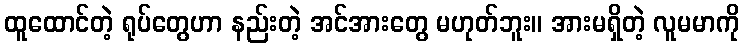
ထူထောင်တဲ့ ရုပ်တွေဟာ နည်းတဲ့ အင်အားတွေ မဟုတ်ဘူး။ အားမရှိတဲ့ လူမမာကို